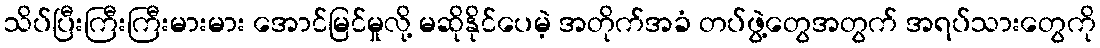
သိပ်ပြီးကြီးကြီးမားမား အောင်မြင်မှုလို့ မဆိုနိုင်ပေမဲ့ အတိုက်အခံ တပ်ဖွဲ့တွေအတွက် အရပ်သားတွေကို